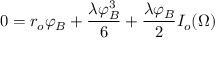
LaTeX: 0 = r _ { o } \varphi _ { B } + { \frac { \lambda \varphi _ { B } ^ { 3 } } { 6 } } + { \frac { \lambda \varphi _ { B } } { 2 } } I _ { o } ( \Omega )